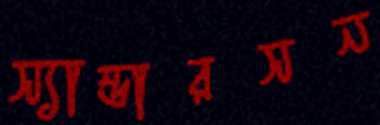
স্যান্ডারসন